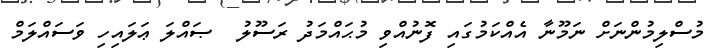
މުސްލިމުންނަށް ނަމޫނާ އެއްކަމުގައި ފޮނުއްވި މުޙައްމަދު ރަސޫލު  ޞައްލަ ޢަލައިހި ވަސައްލަމް